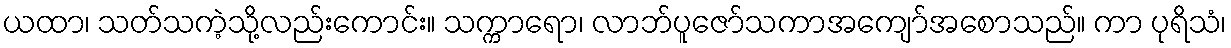
ယထာ၊ သတ်သကဲ့သို့လည်းကောင်း။ သက္ကာရော၊ လာဘ်ပူဇော်သကာအကျော်အစောသည်။ ကာ ပုရိသံ၊